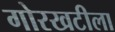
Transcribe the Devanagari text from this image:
गोरखटीला